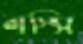
লস্সি